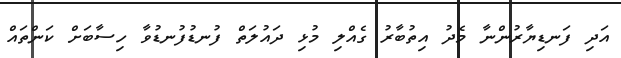
އަދި ފަނޑިޔާރުންނާ މެދު އިތުބާރު ގެއްލި މުޅި ދައުލަތް ފުނޑުފުނޑުވާ ހިސާބަށް ކަންތައް